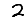
Digit: 2